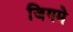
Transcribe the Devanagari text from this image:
जिगमे